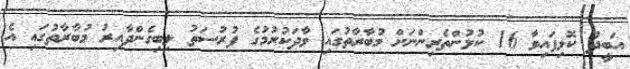
އަބީދު ކޮލިފައިވާ 16 ކުޅުންތެރިންނަށް މުބާރާތުގައި ވާދަކުރުމުގެ ފުރުސަތު ލިބިގެންދާއިރު މުބާރާތުގައި އެ